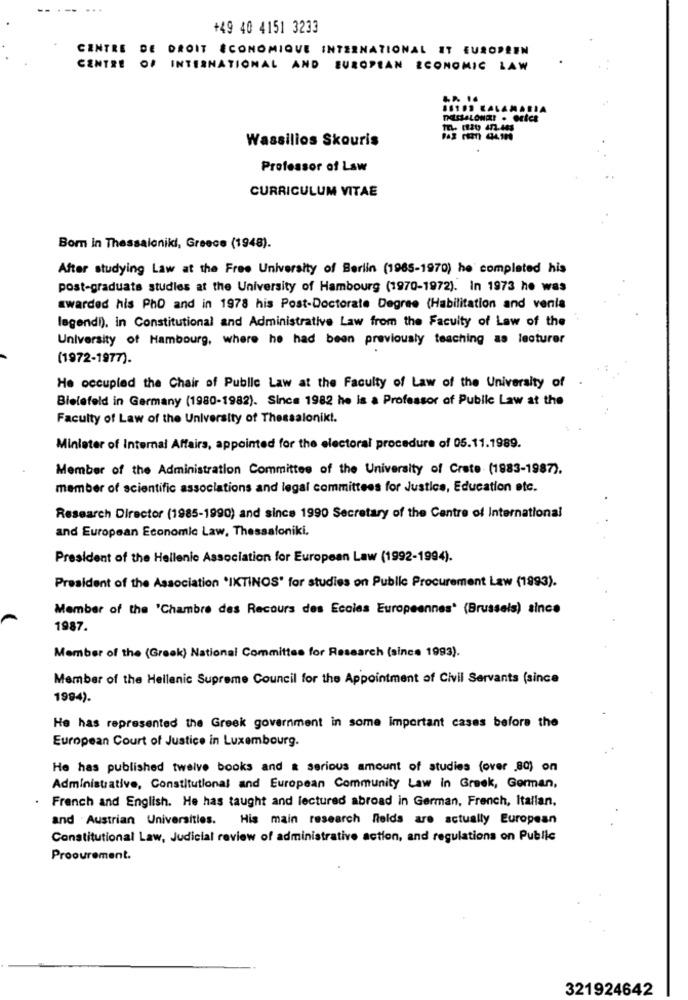
-- --. ...
+49 40 4151 3233
CENTRE DE DROIT ÉCONOMIQUE INTERNATIONAL IT EUROPEEN
CENTRE OF INTERNATIONAL AND EUROPEAN ECONOMIC LAW
88103 KALAMARIA
Wassilios Skouris
Professor of Law
CURRICULUM VITAE
Bom in Thessaloniki, Greece (1948).
After studying Law at the Free University of Berlin (1985-1970) he completed his
post-graduate studies at the University of Hambourg (1970-1972). In 1973 he was
awarded his Pho and in 1978 his Post-Doctorate Degree (Habilitation and venia
legendi), in Constitutional and Administrative Law from the Faculty of Law of the
University of Hambourg, where he had been previously teaching as lecturer
(1972-1977).
He occupied the Chair of Public Law at the Faculty of Law of the University of
Bielefeld in Germany (1980-1982). Since 1982 he is a Professor of Public Law at the
Faculty of Law of the University of Thessaloniki.
Minlater of Internal Affairs, appointed for the electoral procedure of 05.11.1989.
Member of the Administration Committee of the University of Crate (1983-1987).
member of scientific associations and legal committees for Justice, Education etc.
Research Director (1985-1990) and since 1990 Secretary of the Centre of International
and European Economic Law, Thessaloniki,
President of the Hellenic Association for European Law (1992-1994).
President of the Association 'IKTINOS' for studies on Public Procurement Law (1993).
Member of the 'Chambre des Recours des Ecoles Europeennes' (Brussels) since
1987.
Member of the (Greek) National Committee for Research (since 1993).
Member of the Hellenic Supreme Council for the Appointment of Civil Servants (since
1994).
He has represented the Greek government in some important cases before the
European Court of Justice in Luxembourg.
He has published twelve books and a serious amount of studies (over 80) on
Administrative, Constitutional and European Community Law in Greek, German,
French and English. He has taught and lectured abroad in German, French, Italian,
and Austrian Universities. His main research fields are actually European
Constitutional Law, Judicial review of administrative action, and regulations on Public
Proourement.
321924642